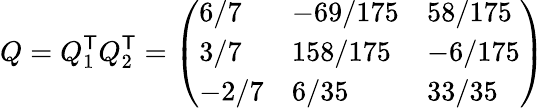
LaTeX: Q=Q_{1}^{\textsf{T}}Q_{2}^{\textsf{T}}={\left(\begin{array}{lll}{6/7}&{-69/175}&{58/175}\\ {3/7}&{158/175}&{-6/175}\\ {-2/7}&{6/35}&{33/35}\end{array}\right)}